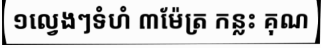
១ល្វេងៗទំហំ ៣ម៉ែត្រ កន្លះ គុណ